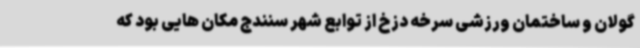
گولان و ساختمان ورزشی سرخه دزخ از توابع شهر سنندج مکان هایی بود که